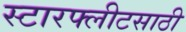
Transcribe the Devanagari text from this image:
स्टारफ्लीटसाठी